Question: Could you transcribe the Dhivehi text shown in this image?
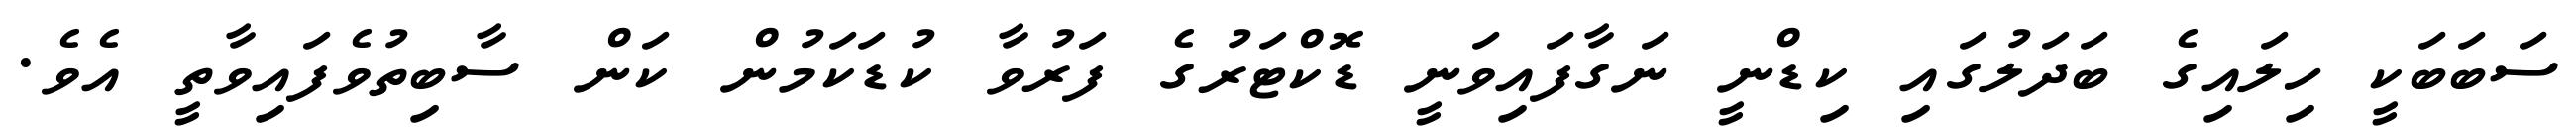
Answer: ސަބަބަކީ ހިލައިގެ ބަދަލުގައި ކިޑްނީ ނަގާފައިވަނީ ޑޮކްޓަރުގެ ފަރުވާ ކުޑަކަމުން ކަން ސާބިތުވެފައިވާތީ އެވެ.